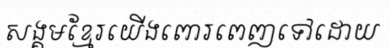
សង្គមខ្មែរយើងពោរពេញទៅដោយ